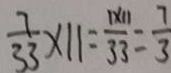
\frac { 7 } { 3 3 } \times 1 1 = \frac { 1 \times 1 1 } { 3 3 } = \frac { 7 } { 3 }